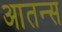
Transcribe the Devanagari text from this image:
आतन्स